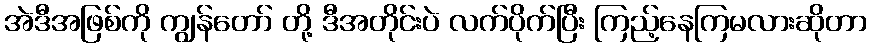
အဲဒီအဖြစ်ကို ကျွန်တော် တို့ ဒီအတိုင်းပဲ လက်ပိုက်ပြီး ကြည့်နေကြမလားဆိုတာ